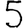
Digit: 5